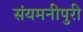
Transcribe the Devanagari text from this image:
संयमनीपुरी